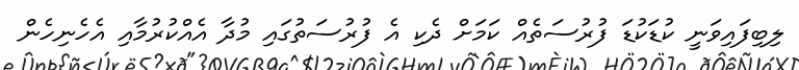
ލިބިފައިވަނީ ކުޑަކުޑަ ފުރުސަތެއް ކަމަށް ދެކި އެ ފުރުސަތުގައި މުދާ އެއްކުރުމާއި އެހެނިހެން